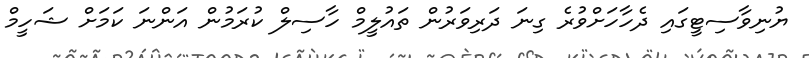
ޔުނިވާސިޓީގައި ދެހާހަށްވުރެ ގިނަ ދަރިވަރުން ތައުލީމް ހާސިލް ކުރަމުން އަންނަ ކަމަށް ޝަހީމް